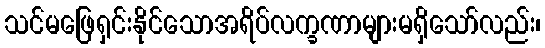
သင်မဖြေရှင်းနိုင်သောအရိပ်လက္ခဏာများမရှိသော်လည်း၊